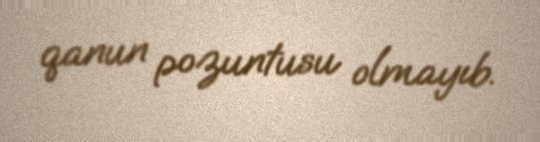
qanun pozuntusu olmayıb.